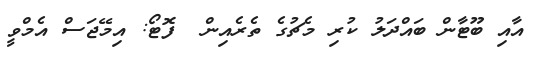
އާއި ބޫޓާން ބައްދަލު ކުރި މެޗުގެ ތެރެއިން  ފޮޓޯ: އިމޭޖަސް އެމްވީ